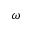
\omega